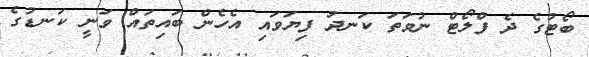
ބޯޓުގެ ދެ ފްލޯޓް ނުވަތަ ކަނދު ފިޔަވައި އެހެން ބައިތައް ވަނީ ކަނޑުގެ